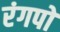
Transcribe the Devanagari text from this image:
रंगपो